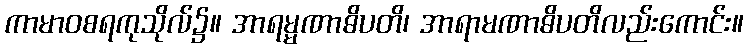
ကာမာဝစရကုသိုလ်၌။ အာရမ္မဏာဓိပတိ၊ အာရာမဏာဓိပတိလည်းကောင်း။